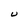
Character: U